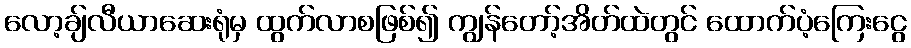
လော့ချ်လီယာဆေးရုံမှ ထွက်လာစဖြစ်၍ ကျွန်တော့်အိတ်ထဲတွင် ထောက်ပံ့ကြေးငွေ